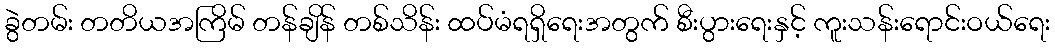
ခွဲတမ်း တတိယအကြိမ် တန်ချိန် တစ်သိန်း ထပ်မံရရှိရေးအတွက် စီးပွားရေးနှင့် ကူးသန်းရောင်းဝယ်ရေး